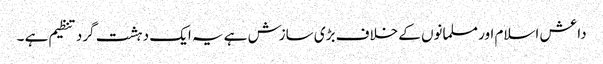
داعش اسلام اور مسلمانوں کے خلاف بڑی سازش ہے یہ ایک دہشت گرد تنظیم ہے ۔